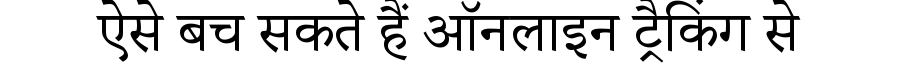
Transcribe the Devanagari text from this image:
ऐसे बच सकते हैं ऑनलाइन ट्रैकिंग से